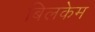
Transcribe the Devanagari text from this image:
बिलकेम